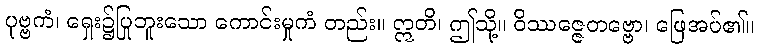
ပုဗ္ဗကံ၊ ရှေး၌ပြုဘူးသော ကောင်းမှုကံ တည်း။ ဣတိ၊ ဤသို့။ ဝိဿဇ္ဇေတဗ္ဗော၊ ဖြေအပ်၏။